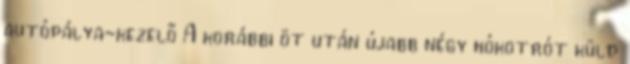
autópálya-kezelő A korábbi öt után újabb négy hókotrót küld